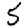
Digit: 5